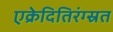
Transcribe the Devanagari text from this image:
एक्रेदितिरंग्स्रत